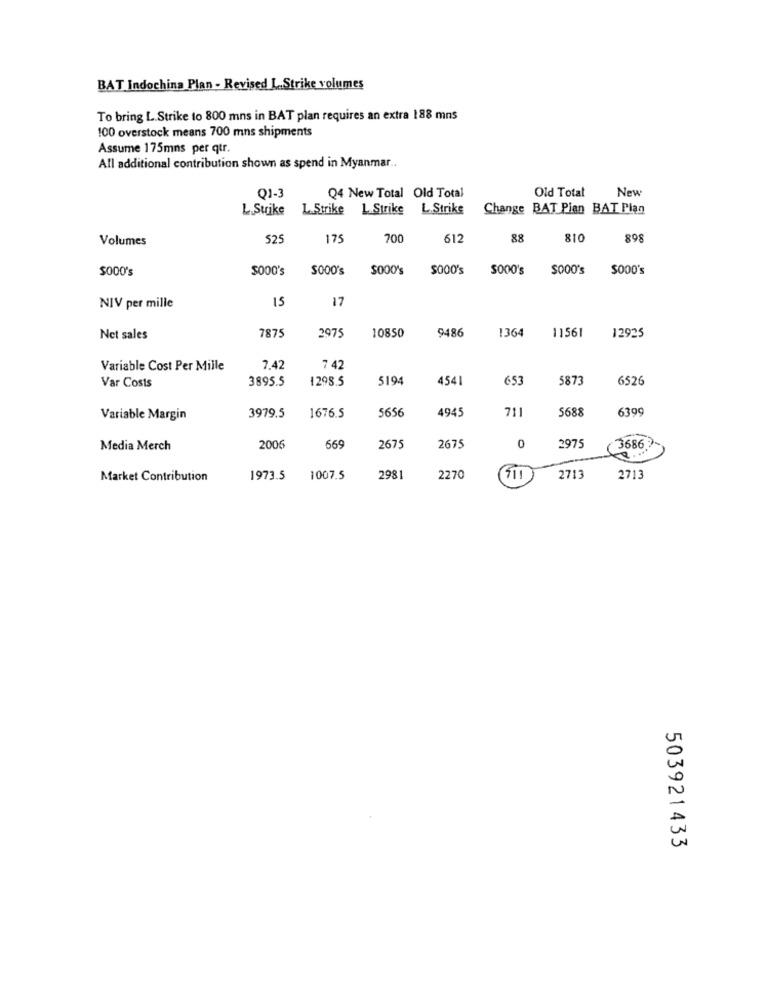
BAT Indochina Plan - Revised L.Strike volumes
To bring L.Strike to 800 mns in BAT plan requires an extra 188 mns
100 overstock means 700 mns shipments
Assume 175mns per qur.
All additional contribution shown as spend in Myanmar ..
Q4 New Total Old Total
Old Total
New
Q1-3
L.Strike
L.Strike L.Strike
L.Strike
Change BAT Pien BAT Plan
Volumes
525
175
700
612
88
810
898
$000's
$000's
S000's
$000's
$000's
S000's
$000'S
$000's
15
17
NIV per mille
7875
10850
9486
1364
11561
Net sales
2975
12925
Variable Cost Per Mille
7.42
7 42
3895.5
1298.5
5194
454
653
5873
6526
Var Costs
4945
711
5688
6399
Variable Margin
3979.5
1676.5
5656
0
( 3686 )
Media Merch
2006
669
2675
2675
2975
Market Contribution
1973.5
1007.5
298
2270
2713
2713
503921433